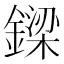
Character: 𨫟